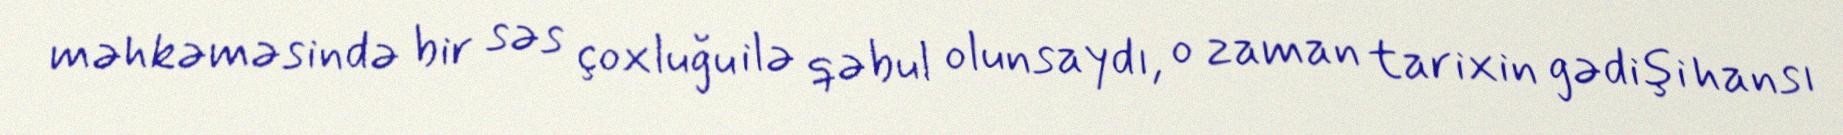
məhkəməsində bir səs çoxluğu ilə qəbul olunsaydı, o zaman tarixin gədişi hansı